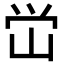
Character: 峃